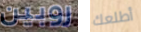
روبين أطلعك